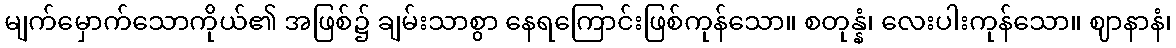
မျက်မှောက်သောကိုယ်၏ အဖြစ်၌ ချမ်းသာစွာ နေရကြောင်းဖြစ်ကုန်သော။ စတုန္နံ၊ လေးပါးကုန်သော။ ဈာနာနံ၊